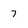
Character: 7